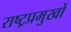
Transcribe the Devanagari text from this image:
राष्ट्रप्रमुखों